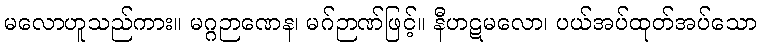
မလောဟူသည်ကား။ မဂ္ဂဉာဏေန၊ မဂ်ဉာဏ်ဖြင့်။ နီဟဋမလော၊ ပယ်အပ်ထုတ်အပ်သော